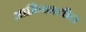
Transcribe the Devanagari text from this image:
आफ्रिकातील